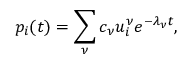
p _ { i } ( t ) = \sum _ { \nu } c _ { \nu } u _ { i } ^ { \nu } e ^ { - \lambda _ { \nu } t } ,